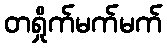
တရှိုက်မက်မက်